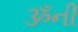
ૐની